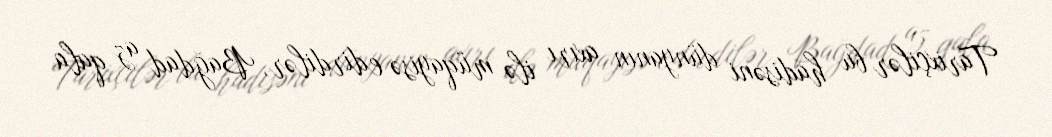
Tarixçilər bu hadisəni dünyanın axırı ilə müqayisə edirdilər, Bağdad az qala